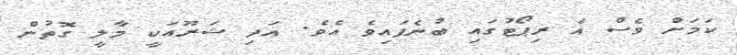
ކަމަށް ވެސް އެ ރިޕޯޓުގައި ބުނެފައިވެ އެވެ. އަދި ޝަރޫއަކީ މާލީ ގޮތުން